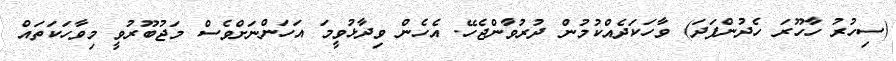
(ސިހުރު ހާހޫރަ ހެދުންފަދަ) ވާހަކަދެއްކުމުން ދުރުވާންޖެހޭ. އެހެން ވިދާޅުވީމަ އަހަންނަށްވެސް މަޖުބޫރުވީ މިވާހަކަތައް